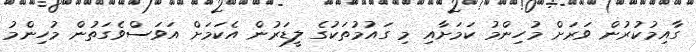
ގާއިމުކުރުން ވަރަށް މުހިންމު ކަމަށާއި މި ގައުމުތަކުގެ ލީޑަރުން އެކަމަށް އަވަސްވެގަތުން މުހިންމު